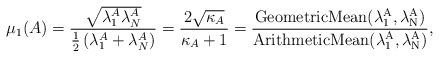
\begin{align*} \mu_1(A) = \frac{\sqrt{\lambda_1^A\lambda_N^A}}{\frac{1}{2}\left(\lambda_1^A+\lambda_N^A\right)} = \frac{2\sqrt{\kappa_A}}{\kappa_A+1} = \frac{\mathrm{GeometricMean(\lambda_1^A,\lambda_N^A)}}{\mathrm{ArithmeticMean(\lambda_1^A,\lambda_N^A)}}, \end{align*}